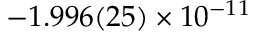
- 1 . 9 9 6 ( 2 5 ) \times 1 0 ^ { - 1 1 }